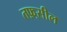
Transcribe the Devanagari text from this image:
तफ़्सील